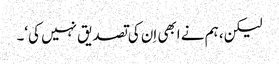
لیکن، ہم نے ابھی اِن کی تصدیق نہیں کی‘۔